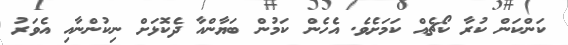
ކަންކަން ކުރާާ ކޯޗެއް ކަމަށެވެ. އެހެން ކަމުން ބަޔާންއާ ދެކޮޅަށް ނިކުންނާއި އެވަރު